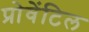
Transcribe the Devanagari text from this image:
प्रोवेंटिल